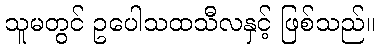
သူမတွင် ဥပေါသထသီလနှင့် ဖြစ်သည်။